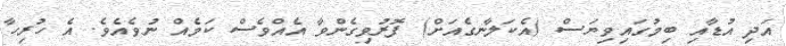
އަދި އުޑާއި ބިމުގައިވިޔަސް (އެކަލާނގެއަށް) ފޮރުވިގެންވާ އެއްވެސް ކަމެއް ނުވެއެވެ. އެ ހުރިހާ